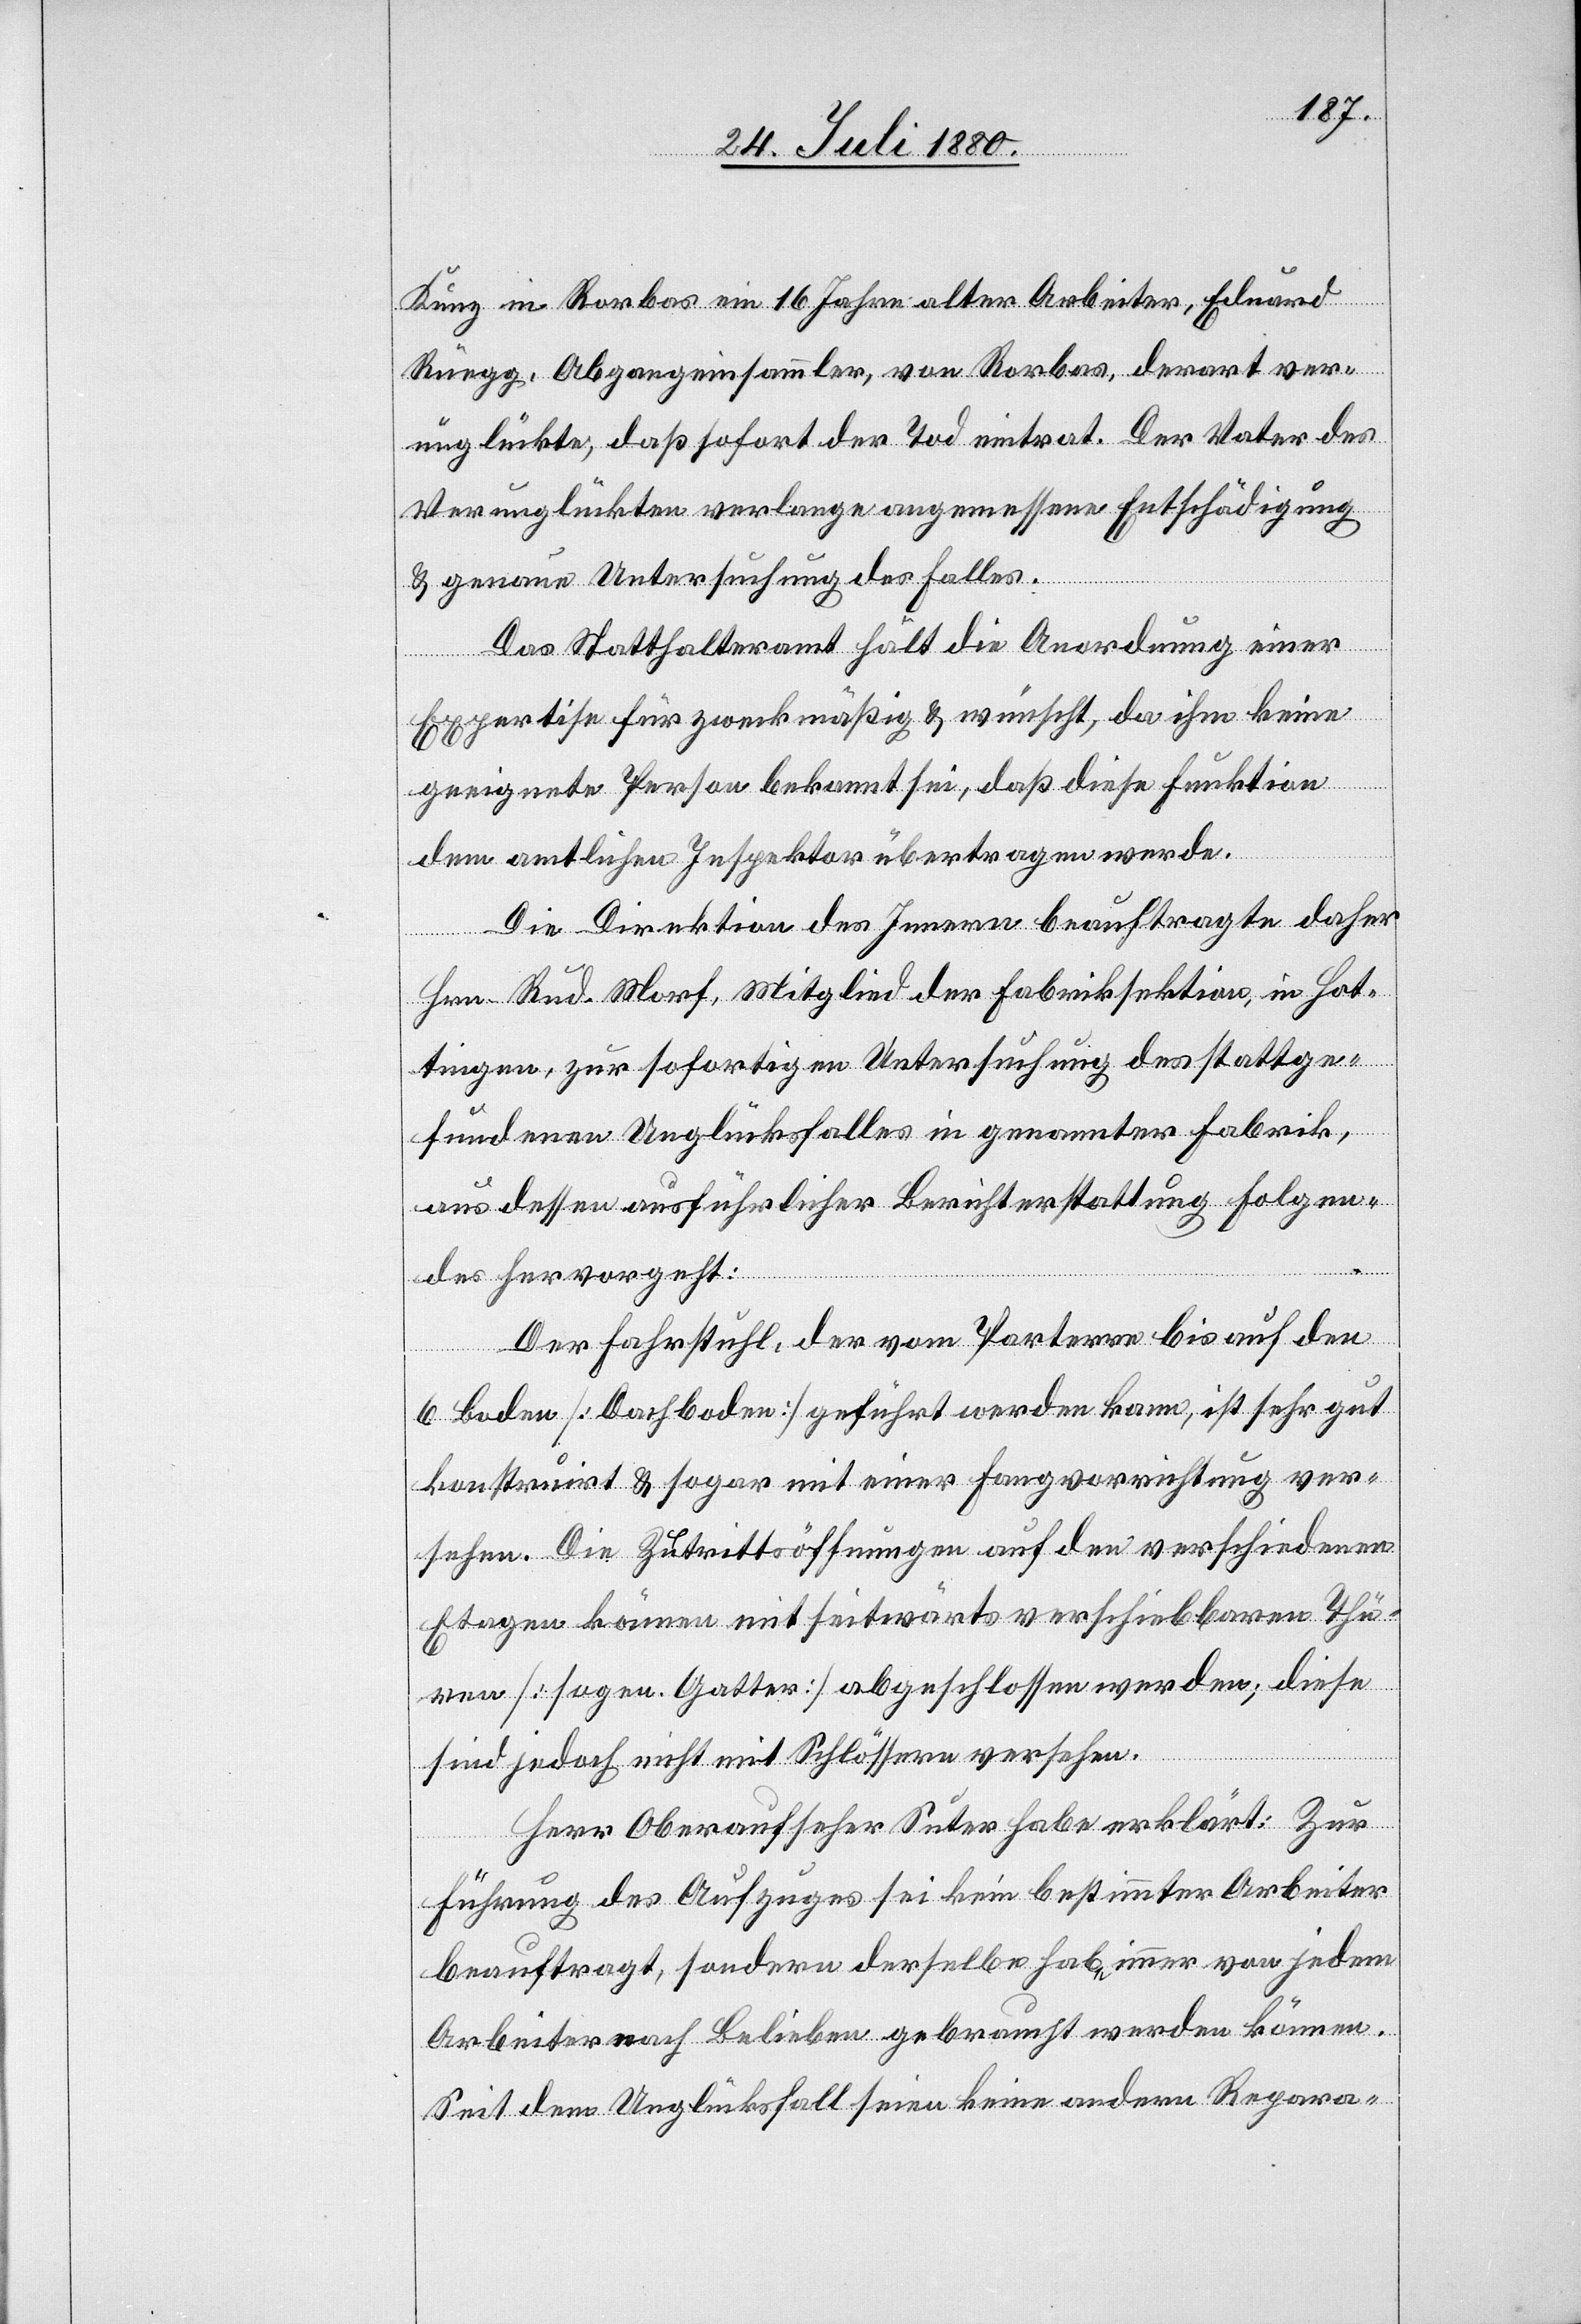
Kunz in Rorbas ein 16 Jahre alter Arbeiter, Eduard
Rüegg, Abgangeinsammler, von Rorbas, derart ver¬
unglückte, daß sofort der Tod eintrat. Der Vater des
Verunglückten verlange angemessene Entschädigung
& genaue Untersuchung des Falles.
Das Statthalteramt hält die Anordnung einer
Expertise für zweckmäßig & wünscht, da ihm keine
geeignete Person bekannt sei, daß diese Funktion
dem amtlichen Inspektor übertragen werde.
Die Direktion des Innern beauftragte daher
Hrn. Rud. Morf, Mitglied der Fabriksektion, in Hot¬
tingen, zur sofortigen Untersuchung des stattge¬
fundenen Unglückfalles in genannter Fabrik,
aus dessen ausführlicher Berichterstattung folgen¬
des hervorgeht:
Der Fahrstuhl, der vom Parterre bis auf den
6[.] Boden [Dachboden] geführt werden kann, ist sehr gut
konstruirt & sogar mit einer Fangvorrichtung ver¬
sehen. Die Zutrittsöffnungen auf den verschiedenen
Etagen können mit seitwärts verschiebbaren Thü¬
ren [sogen. Gatter] abgeschlossen werden, diese
sind jedoch nicht mit Schlössern versehen.
Herr Oberaufseher Suter habe erklärt: Zur
Führung des Aufzuges sei kein bestimmter Arbeiter
beauftragt, sondern derselbe habe immer von jedem
Arbeiter nach Belieben gebraucht werden können.
Seit dem Unglücksfall seien keine andern Repara-